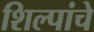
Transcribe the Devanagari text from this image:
शिल्पांचे